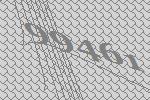
99461